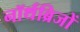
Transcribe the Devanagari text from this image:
नॉर्थब्रिजों